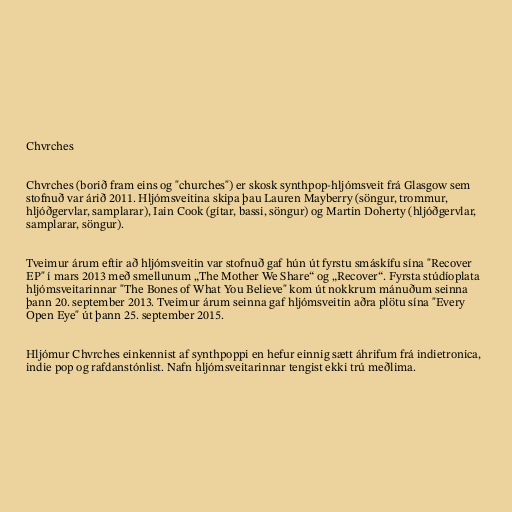
Chvrches

Chvrches (borið fram eins og "churches") er skosk synthpop-hljómsveit frá Glasgow sem
stofnuð var árið 2011. Hljómsveitina skipa þau Lauren Mayberry (söngur, trommur,
hljóðgervlar, samplarar), Iain Cook (gítar, bassi, söngur) og Martin Doherty (hljóðgervlar,
samplarar, söngur).

Tveimur árum eftir að hljómsveitin var stofnuð gaf hún út fyrstu smáskífu sína "Recover
EP" í mars 2013 með smellunum „The Mother We Share“ og „Recover“. Fyrsta stúdíoplata
hljómsveitarinnar "The Bones of What You Believe" kom út nokkrum mánuðum seinna
þann 20. september 2013. Tveimur árum seinna gaf hljómsveitin aðra plötu sína "Every
Open Eye" út þann 25. september 2015.

Hljómur Chvrches einkennist af synthpoppi en hefur einnig sætt áhrifum frá indietronica,
indie pop og rafdanstónlist. Nafn hljómsveitarinnar tengist ekki trú meðlima.